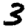
Digit: 3